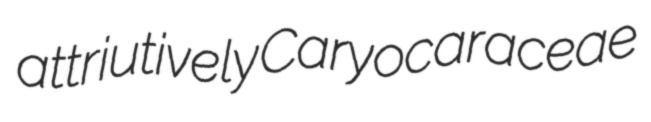
attriutively Caryocaraceae